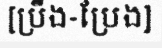
[ប្រឹង-ប្រែង]